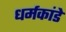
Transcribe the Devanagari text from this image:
धर्मकांडे